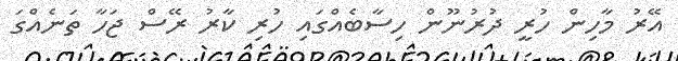
އޭރު މާހިން ހުރީ ދުރުނޫން ހިސާބެއްގައި ހުރި ކާރު ރޭސް ޖަހާ ތަނެއްގަ